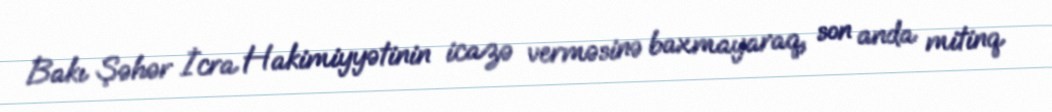
Bakı Şəhər İcra Hakimiyyətinin icazə verməsinə baxmayaraq, son anda mitinq